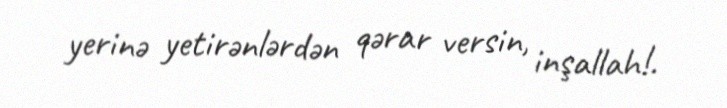
yerinə yetirənlərdən qərar versin, inşallah!.